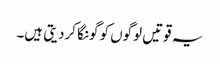
یہ قوتیں لوگوں کو گونگا کردیتی ہیں۔